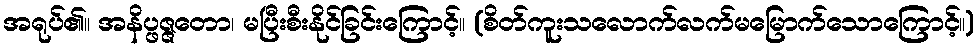
အရုပ်၏။ အနိပ္ဖဇ္ဇတော၊ မပြီးစီးနိုင်ခြင်းကြောင့်။ (စိတ်ကူးသလောက်လက်မမြောက်သောကြောင့်။)